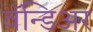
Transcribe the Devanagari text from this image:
वॅन्डिअर